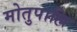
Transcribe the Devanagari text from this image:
मोतुपाल्लि